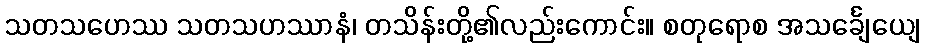
သတသဟေဿ သတသဟဿာနံ၊ တသိန်းတို့၏လည်းကောင်း။ စတုရောစ အသင်္ချေယျေ